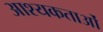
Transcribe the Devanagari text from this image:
आश्यकताओं